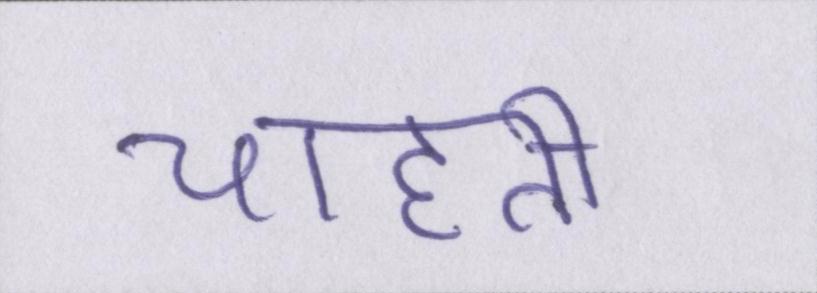
चाहती।